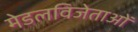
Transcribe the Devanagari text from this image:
मेडलविजेताओं